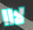
لااا